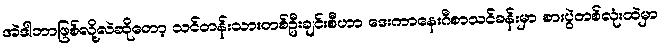
အဲဒါဘာဖြစ်လို့လဲဆိုတော့ သင်တန်းသားတစ်ဦးချင်းစီဟာ ဒေးကာနေးဂီစာသင်ခန်းမှာ စားပွဲတစ်လုံးထဲမှာ